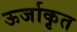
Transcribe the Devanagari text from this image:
ऊर्जाकृत